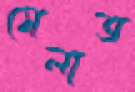
মেলাত